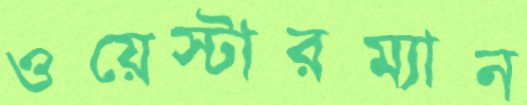
ওয়েস্টারম্যান